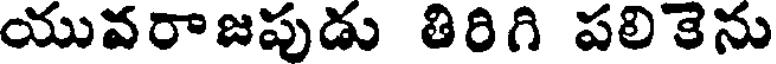
యువరాజపుడు తిరిగి పలికెను